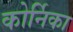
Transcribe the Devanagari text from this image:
कोर्निका